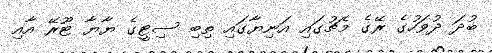
ބުދަ ދުވަހުގެ ރޭގެ މެޗުގައި އަނިޔާގައި ތިބި ސިޓީގެ ޔާޔާ ޓޫރޭ އާއި